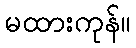
မထားကုန်။